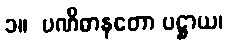
၁။  ပဏိဓာနတော ပဋ္ဌာယ၊